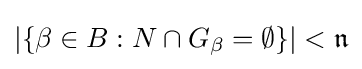
|\{\beta \in B:N\cap G_{\beta }=\emptyset \}|<{\mathfrak {n}}